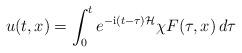
LaTeX: \begin{align*}u(t,x)=\int_0^t e^{-\mathrm{i}(t-\tau)\mathcal{H}} \chi F(\tau,x)\,d\tau\end{align*}